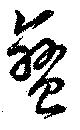
蛮